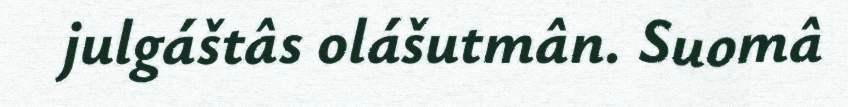
julgáštâs olášutmân. Suomâ